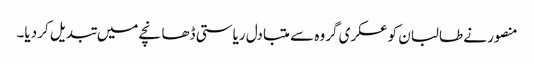
منصور نے طالبان کو عسکری گروہ سے متبادل ریاستی ڈھانچے میں تبدیل کر دیا۔